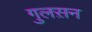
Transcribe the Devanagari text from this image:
गुलस़न